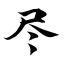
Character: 尽